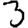
Digit: 3